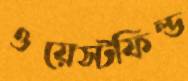
ওয়েস্টফিল্ড